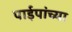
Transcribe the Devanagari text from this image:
पाईपांच्या